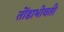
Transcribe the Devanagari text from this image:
तोंडाभोवती